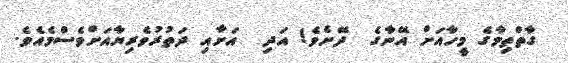
ގާތްތިމާގެ މީހާއަށް އޭނާގެ  ދޭށެވެ! އަދި  އަށާއި ދަތުރުވެރިޔާއަށްވެސްމެއެވެ.